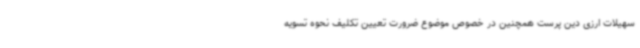
سهیلات ارزی دین پرست همچنین در خصوص موضوع ضرورت تعیین تکلیف نحوه تسویه